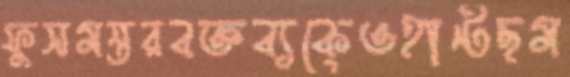
ফুসমন্তরবক্তব্যকেওহান্টছম